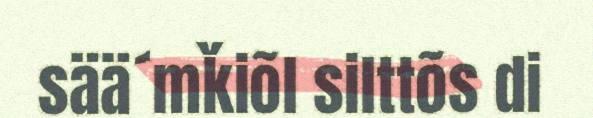
sää´mǩiõl silttõs di